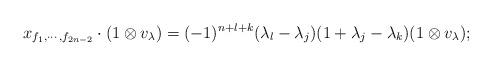
LaTeX: \begin{align*} x_{f_1,\cdots,f_{2n-2}}\cdot ( 1\otimes v_{\lambda})=(-1)^{n+l+k}(\lambda_l-\lambda_j)(1+\lambda_j-\lambda_k)(1\otimes v_{\lambda});\end{align*}